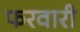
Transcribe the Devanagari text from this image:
फरवारी